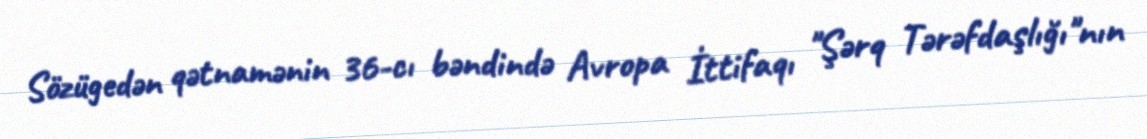
Sözügedən qətnamənin 36-cı bəndində Avropa İttifaqı "Şərq Tərəfdaşlığı"nın